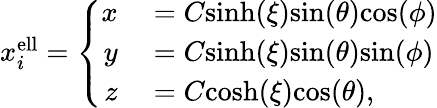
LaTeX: \begin{array}{r}{x_{i}^{\mathrm{ell}}=\left\{ \begin{array}{rl}{x}&{{}=C\mathrm{sinh}(\xi)\mathrm{sin}(\theta)\mathrm{cos}(\phi)}\\ {y}&{{}=C\mathrm{sinh}(\xi)\mathrm{sin}(\theta)\mathrm{sin}(\phi)}\\ {z}&{{}=C\mathrm{cosh}(\xi)\mathrm{cos}(\theta),}\end{array}\right.}\end{array}